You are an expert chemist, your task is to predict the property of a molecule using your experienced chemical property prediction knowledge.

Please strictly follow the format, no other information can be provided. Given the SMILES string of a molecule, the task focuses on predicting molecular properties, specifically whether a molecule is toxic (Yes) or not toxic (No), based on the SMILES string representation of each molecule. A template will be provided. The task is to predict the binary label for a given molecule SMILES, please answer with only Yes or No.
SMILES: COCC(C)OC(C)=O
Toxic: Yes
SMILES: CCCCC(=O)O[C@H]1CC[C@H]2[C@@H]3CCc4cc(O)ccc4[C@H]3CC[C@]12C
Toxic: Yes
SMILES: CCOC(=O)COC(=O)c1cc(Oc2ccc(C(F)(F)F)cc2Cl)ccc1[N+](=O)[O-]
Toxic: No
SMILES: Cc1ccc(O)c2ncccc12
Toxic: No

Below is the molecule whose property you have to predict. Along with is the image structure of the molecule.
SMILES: CN1C(C)(C)CC(O)CC1(C)C
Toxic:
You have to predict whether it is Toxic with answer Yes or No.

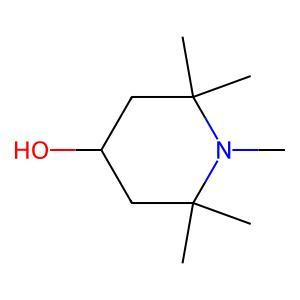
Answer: No